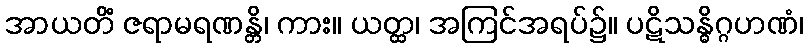
အာယတိံ ဇရာမရဏန္တိ၊ ကား။ ယတ္ထ၊ အကြင်အရပ်၌။ ပဋိသန္ဓိဂ္ဂဟဏံ၊